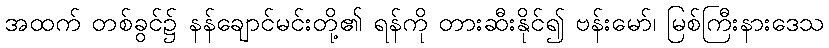
အထက် တစ်ခွင်၌ နန်ချောင်မင်းတို့၏ ရန်ကို တားဆီးနိုင်၍ ဗန်းမော်၊ မြစ်ကြီးနားဒေသ